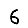
Digit: 6